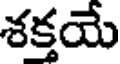
శక్తయే